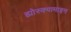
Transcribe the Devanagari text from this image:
ह्योस्क्यामाइन